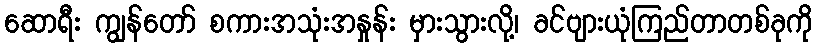
ဆောရီး ကျွန်တော် စကားအသုံးအနှုန်း မှားသွားလို့၊ ခင်ဗျားယုံကြည်တာတစ်ခုကို